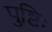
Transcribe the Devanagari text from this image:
पुष्टिः